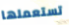
تستعملها